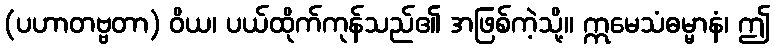
(ပဟာတဗ္ဗတာ) ဝိယ၊ ပယ်ထိုက်ကုန်သည်၏ အဖြစ်ကဲ့သို့။ ဣမေသံဓမ္မာနံ၊ ဤ